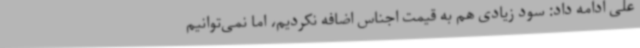
علی ادامه داد: سود زیادی هم به قیمت اجناس اضافه نکردیم، اما نمی‌توانیم